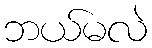
ဘယ်မလဲ